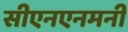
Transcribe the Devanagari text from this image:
सीएनएनमनी